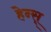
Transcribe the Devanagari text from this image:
हेन्स्